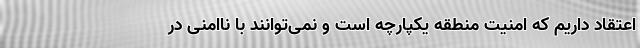
اعتقاد داریم که امنیت منطقه یکپارچه است و نمی‌توانند با ناامنی در